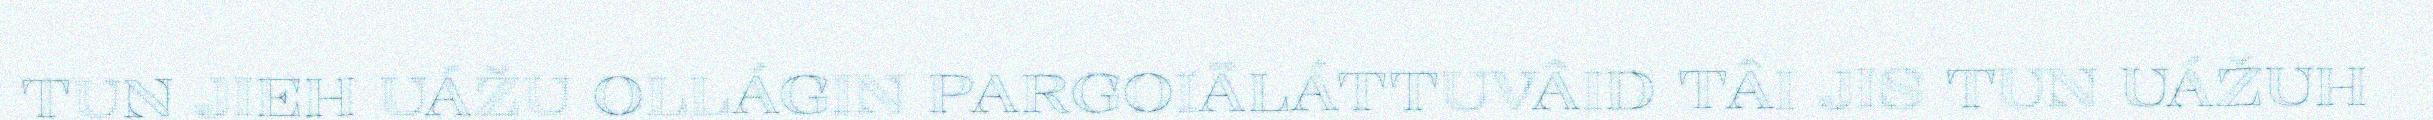
TUN JIEH UÁŽU OLLÁGIN PARGOIÄLÁTTUVÂID TÂI JIS TUN UÁŽUH